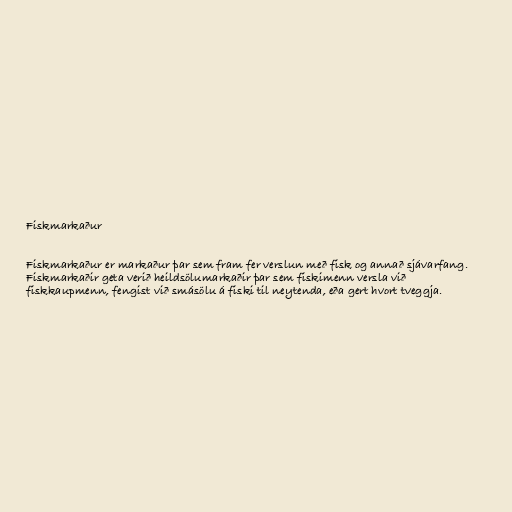
Fiskmarkaður

Fiskmarkaður er markaður þar sem fram fer verslun með fisk og annað sjávarfang.
Fiskmarkaðir geta verið heildsölumarkaðir þar sem fiskimenn versla við
fiskkaupmenn, fengist við smásölu á fiski til neytenda, eða gert hvort tveggja.